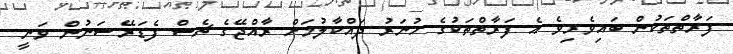
ފަރާތްތަކުން ބައިވެރިވެ އެ ފަރާތްތަކުގެ ހުނަރު ދައްކާލުމަށް ރާއްޖޭގެ ޗެސް ފެޑަރޭޝަނުން ވަނީ